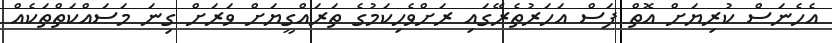
އެހެނަސް ކުރިޔަށް އޮތް ފަސް އަހަރުތެރޭގައި ރަށްވެހިކަމުގެ ތަރައްގީޔަށް ވަރަށް ގިނަ މަސައްކަތްތަކެއް